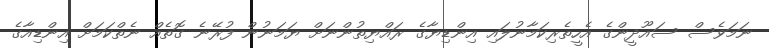
ނަމަވެސް ސައޫދީންގެ އެހީތެރިކަމާނުލައި އިންޑިޔާގެ ރައްޔިތުންނަށް ޔަމަނުން ފުރޭނެ ގޮތެއް ނެތްކަމަށް އިންޑިއާގެ